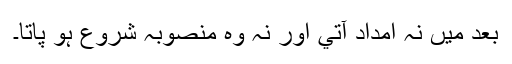
بعد ميں نہ امداد آتي اور نہ وہ منصوبہ شروع ہو پاتا۔